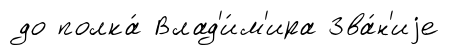
до полка́ Влад'и́м'ира Зва́н'иjе